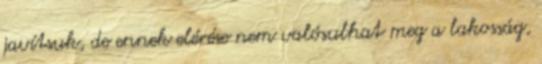
javítsuk, de ennek elérése nem valósulhat meg a lakosság,